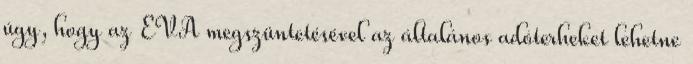
úgy, hogy az EVA megszüntetésével az általános adóterheket lehetne